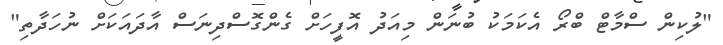
"ލުކިން ސްމާޓް ބްރޯ އެކަމަކު ބުނަން މިއަދު އޮފީހަށް ގެންގޮސްދިނަސް އާދައަކަށް ނުހަދާތި"